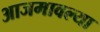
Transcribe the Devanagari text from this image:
आजमावल्या